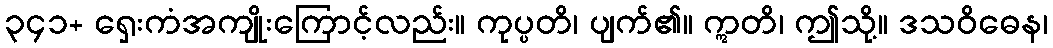
၃၄၁+ ရှေးကံအကျိုးကြောင့်လည်း။ ကုပ္ပတိ၊ ပျက်၏။ ဣတိ၊ ဤသို့။ ဒသဝိဓေန၊